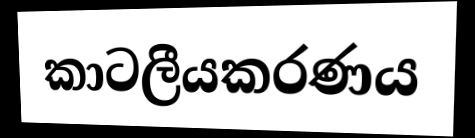
කාටලීයකරණය